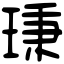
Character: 𤦋